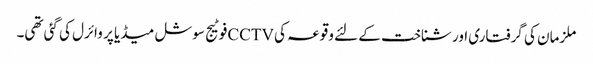
ملزمان کی گرفتاری اور شناخت کے لئے وقوعہ کی CCTVفوٹیج سوشل میڈیا پر وائرل کی گئی تھی۔